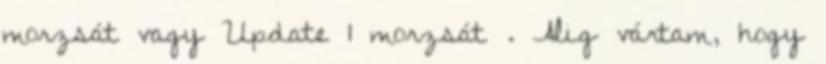
morzsát vagy Update 1 morzsát . Alig vártam, hogy